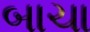
બાચા